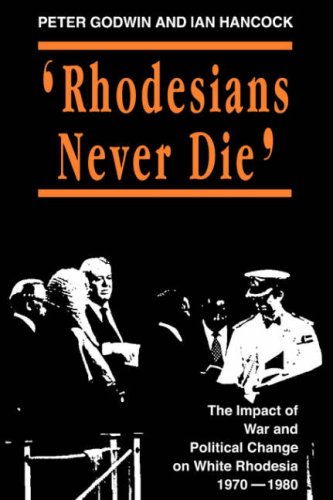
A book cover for Rhodesians Never Die (State and Democracy Series); Peter Godwin; History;